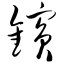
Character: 镔